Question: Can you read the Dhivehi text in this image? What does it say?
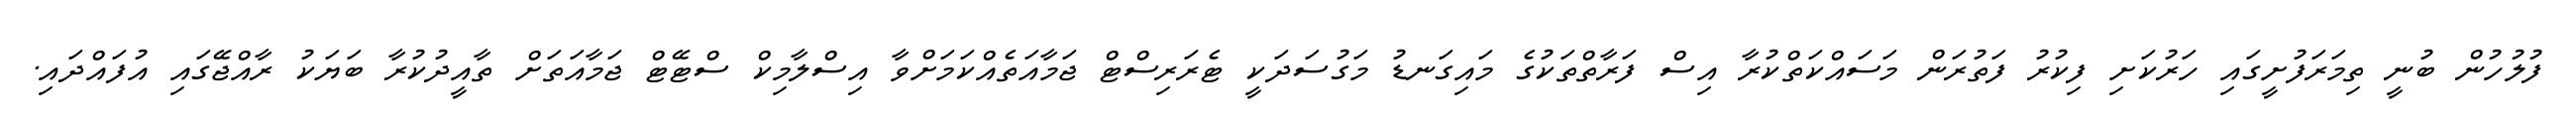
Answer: ފުލުހުން ބުނީ ތިމަރަފުށީގައި ހަރުކަށި ފިކުރު ފަތުރަން މަސައްކަތްކުރާ އިސް ފަރާތްތަކުގެ މައިގަނޑު މަގުސަދަކީ ޓެރަރިސްޓް ޖަމާއަތެއްކަމަށްވާ އިސްލާމިކް ސްޓޭޓް ޖަމާއަތަށް ތާއީދުކުރާ ބަޔަކު ރާއްޖޭގައި އުފައްދައި.